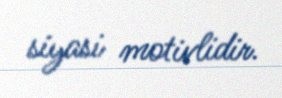
siyasi motivlidir.